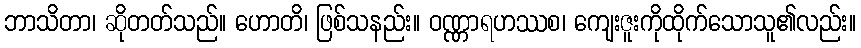
ဘာသိတာ၊ ဆိုတတ်သည်။ ဟောတိ၊ ဖြစ်သနည်း။ ဝဏ္ဏာရဟဿစ၊ ကျေးဇူးကိုထိုက်သောသူ၏လည်း။